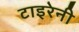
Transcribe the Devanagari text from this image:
टाइरेनी